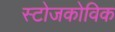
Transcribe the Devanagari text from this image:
स्टोजकोविक